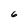
Character: 6